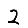
Digit: 2